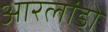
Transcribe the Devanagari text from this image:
आरलांडो